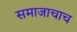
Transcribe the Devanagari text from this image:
समाजाचाच